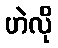
ဟဲလို